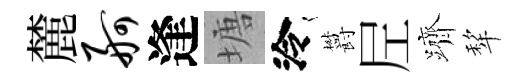
麓舸逢塘泠欝𡰱躋犂